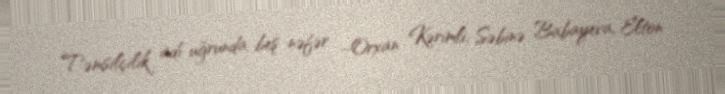
Təmsilçilik adı uğrunda beş nəfər –Orxan Kərimli, Səbinə Babayeva, Elton